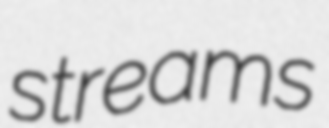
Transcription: streams